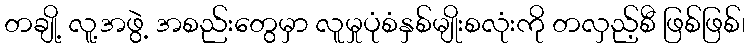
တချို့ လူ့အဖွဲ့ အစည်းတွေမှာ လူမှုပုံစံနှစ်မျိုးစလုံးကို တလှည့်စီ ဖြစ်ဖြစ်၊